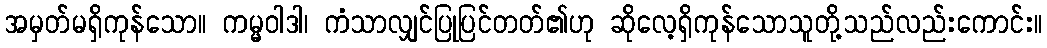
အမှတ်မရှိကုန်သော။ ကမ္မဝါဒါ၊ ကံသာလျှင်ပြုပြင်တတ်၏ဟု ဆိုလေ့ရှိကုန်သောသူတို့သည်လည်းကောင်း။